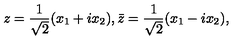
z = \frac { 1 } { \sqrt { 2 } } ( x _ { 1 } + i x _ { 2 } ) , \bar { z } = \frac { 1 } { \sqrt { 2 } } ( x _ { 1 } - i x _ { 2 } ) ,